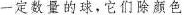
一定数量的球，它们除颜色